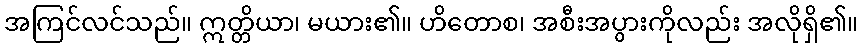
အကြင်လင်သည်။ ဣတ္တိယာ၊ မယား၏။ ဟိတောစ၊ အစီးအပွားကိုလည်း အလိုရှိ၏။